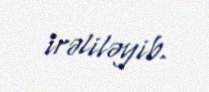
irəliləyib.